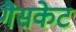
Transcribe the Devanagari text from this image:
गैसकेट